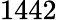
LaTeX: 1442